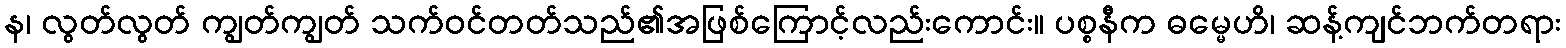
န၊ လွတ်လွတ် ကျွတ်ကျွတ် သက်ဝင်တတ်သည်၏အဖြစ်ကြောင့်လည်းကောင်း။ ပစ္စနီက ဓမ္မေဟိ၊ ဆန့်ကျင်ဘက်တရား